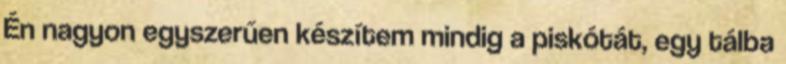
Én nagyon egyszerűen készítem mindig a piskótát, egy tálba